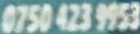
0750 423 9953